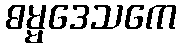
ဓမ္မဒေသကေ